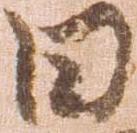
日